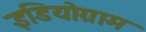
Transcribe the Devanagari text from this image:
इडियोग्राम